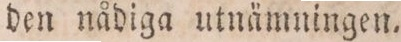
den nådiga utnämningen.